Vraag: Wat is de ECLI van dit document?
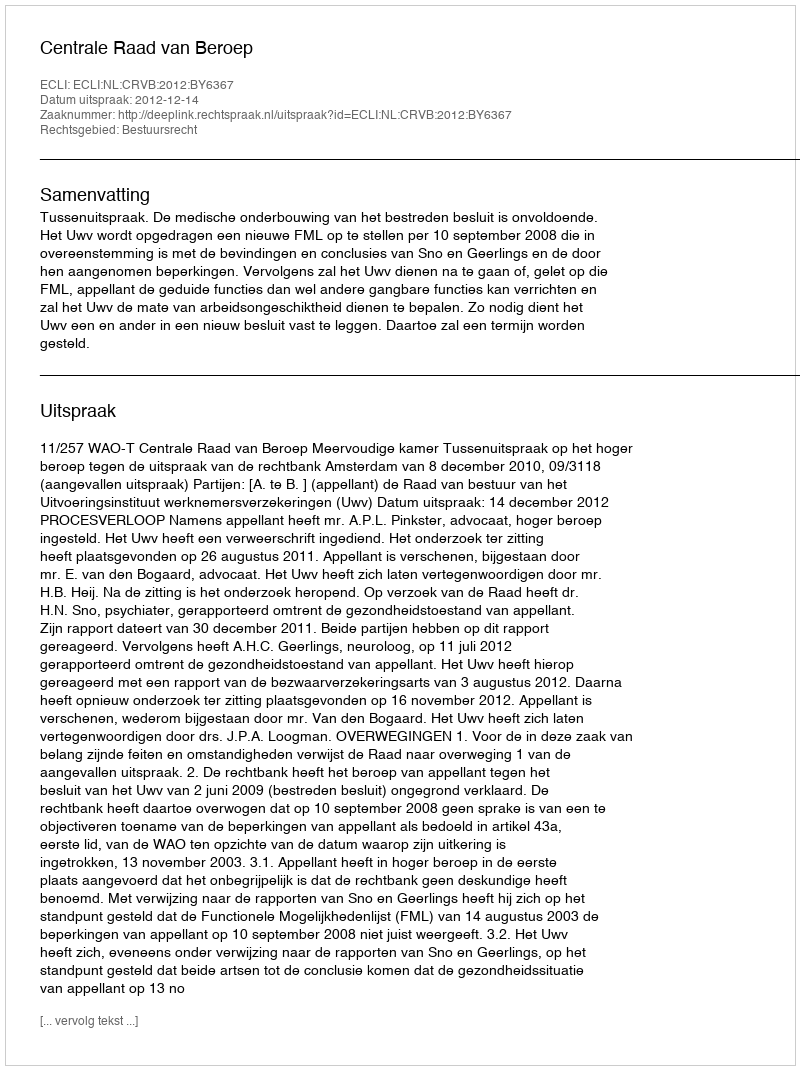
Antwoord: ECLI:NL:CRVB:2012:BY6367